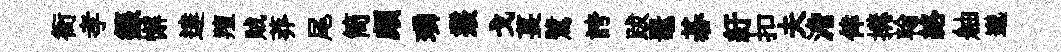
衙孝籙懈達羶賊莽尾筒頗璘叢戈萇鷺誇跋鼉碁紆扣夫澹倖搆翰絡舳邈